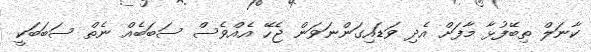
ކާނަލް ތިބޭފުޅާ މާފަށް އެދި ވަޑައިގަންނަވަން ޖެހޭ އެއްވެސް ސަބަބެއް ނެތް ސަބަބަކީ